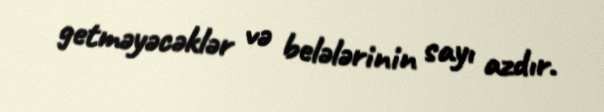
getməyəcəklər və belələrinin sayı azdır.